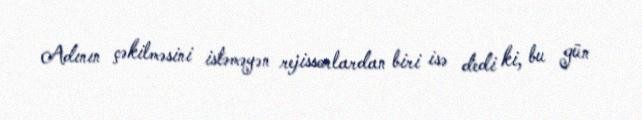
Adının çəkilməsini istəməyən rejissorlardan biri isə dedi ki, bu gün